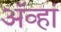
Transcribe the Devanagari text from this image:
अॅव्हां